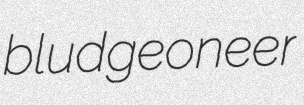
bludgeoneer